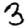
Digit: 3